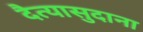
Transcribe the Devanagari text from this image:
दैत्‍यासुदाना